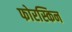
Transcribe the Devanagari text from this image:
फोरस्किन